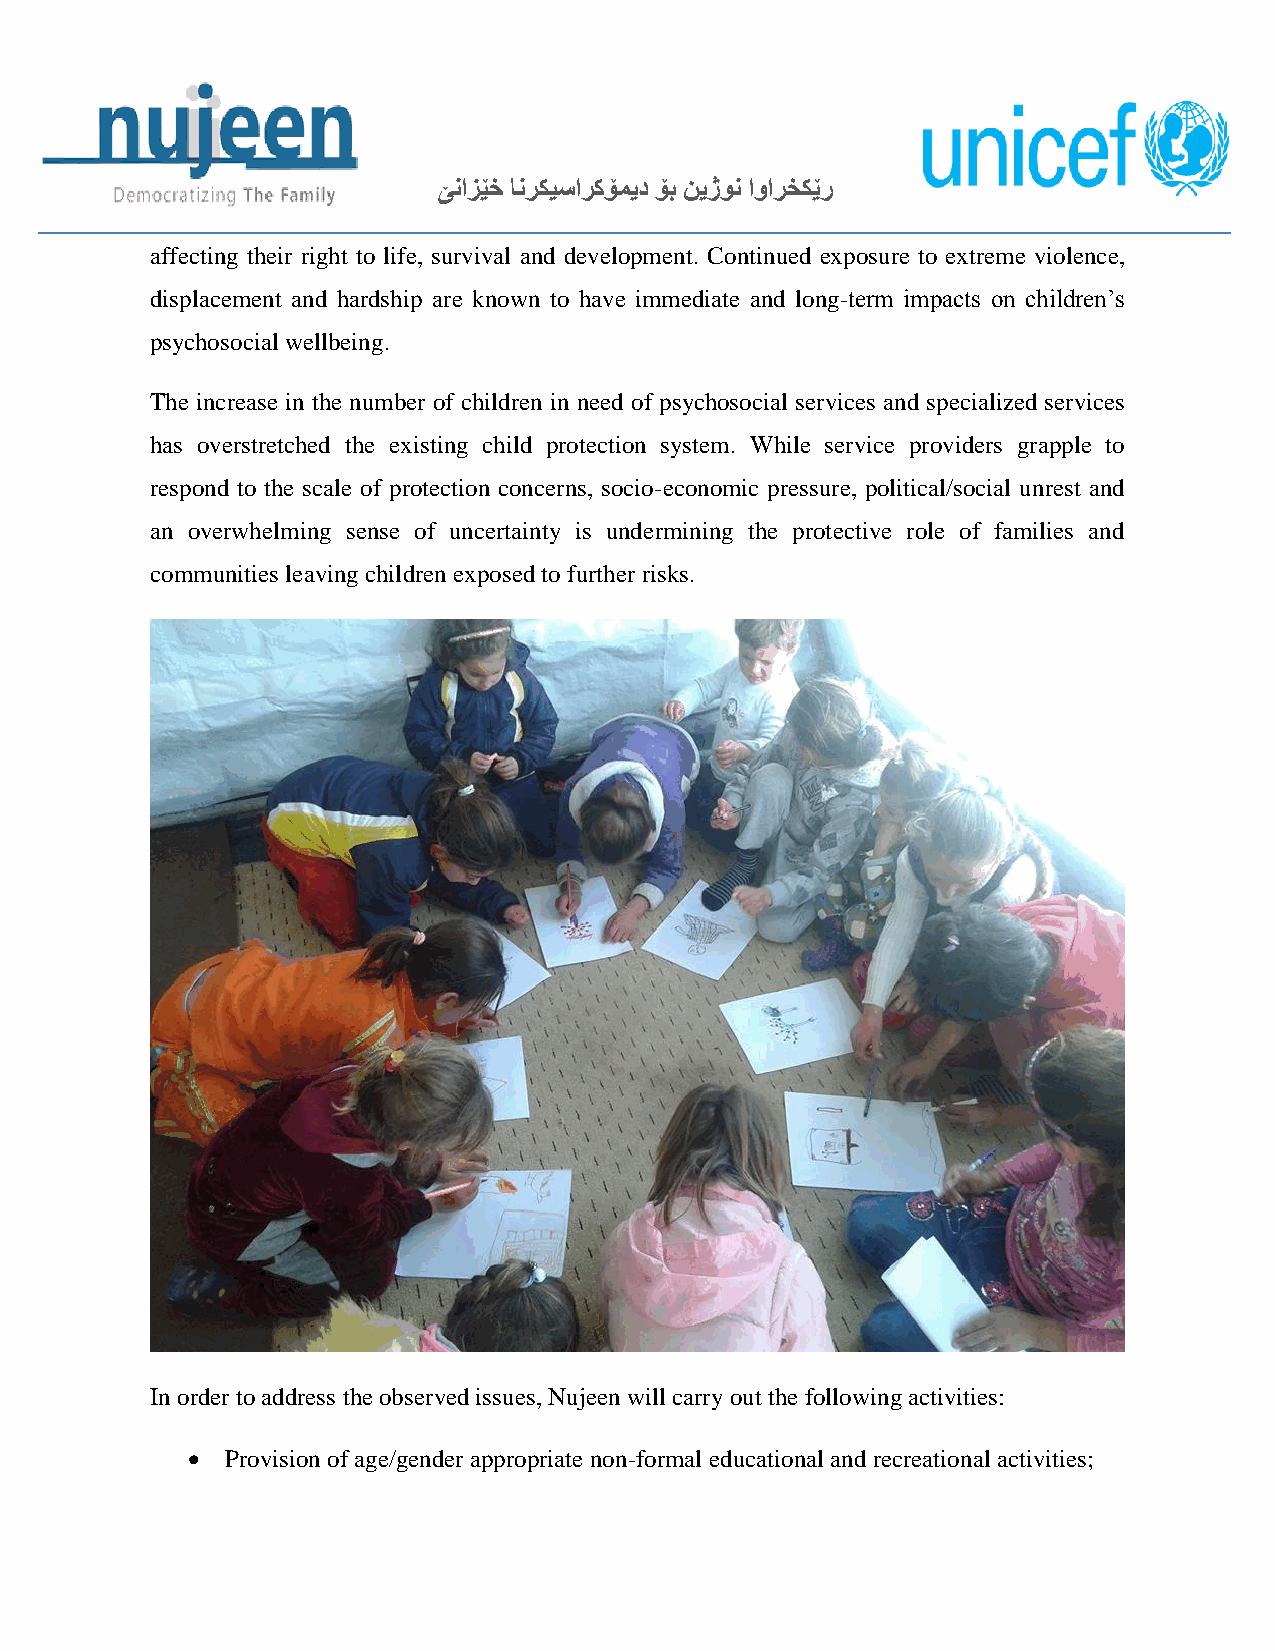
ێنازێخ انركيساركۆميد ۆب نيژون اوارخكێر
 affecting their right to life, survival and development. Continued exposure to extreme violence,
 displacement and hardship are known to have immediate and long-term impacts on children’s
 psychosocial wellbeing.
 The increase in the number of children in need of psychosocial services and specialized services
 has overstretched the existing child protection system. While service providers grapple to
 respond to the scale of protection concerns, socio-economic pressure, political/social unrest and
 an overwhelming sense of uncertainty is undermining the protective role of families and
 communities leaving children exposed to further risks.
 In order to address the observed issues, Nujeen will carry out the following activities:
   Provision of age/gender appropriate non-formal educational and recreational activities;